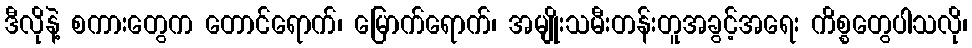
ဒီလိုနဲ့ စကားတွေက တောင်ရောက်၊ မြောက်ရောက်၊ အမျိုးသမီးတန်းတူအခွင့်အရေး ကိစ္စတွေပါသလို၊